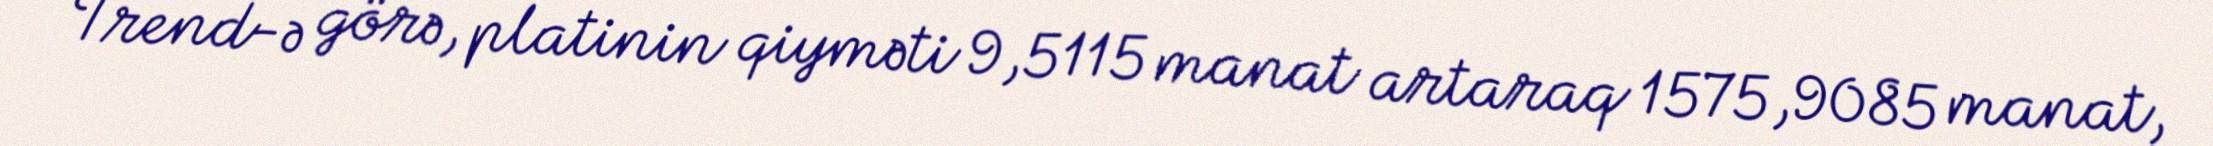
Trend-ə görə, platinin qiyməti 9,5115 manat artaraq 1575,9085 manat,